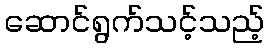
ဆောင်ရွက်သင့်သည့်